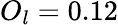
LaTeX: O_{l}=0.12